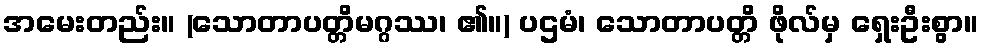
အမေးတည်း။ (သောတာပတ္တိမဂ္ဂဿ၊ ၏။) ပဌမံ၊ သောတာပတ္တိ ဖိုလ်မှ ရှေးဦးစွာ။